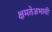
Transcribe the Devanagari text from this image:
क्षमतेअभावी